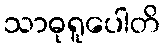
သာဓုရူပေါတိ